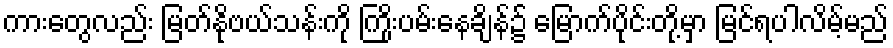
ကားတွေလည်း မြတ်နိုဗယ်သန်းကို ကြိုးပမ်းနေချိန်၌ မြောက်ပိုင်းတို့မှာ မြင်ရပါလိမ့်မည်